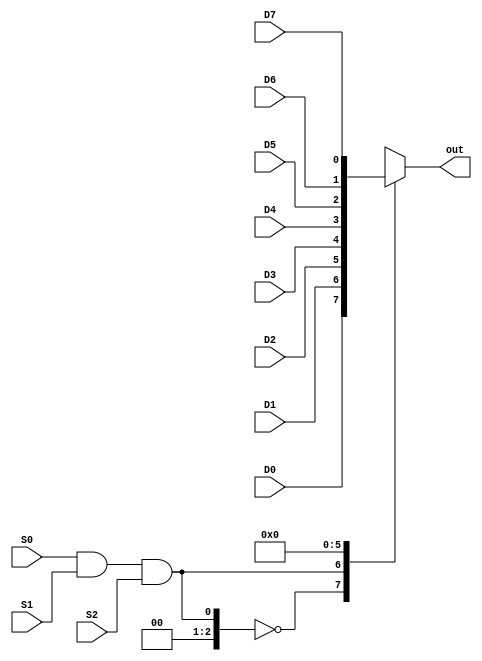

/////////////Behavioural Level model////////////////////////////


module mux_81(out,D0,D1,D2,D3,D4,D5,D6,D7,S0,S1,S2);
output reg out ;
input wire D0,D1,D2,D3,D4,D5,D6,D7,S0,S1,S2;
always@(*)
begin
case(S0&S1&S2)
3'b000: out = D0;
3'b001: out = D1;
3'b010: out = D2;
3'b011: out = D3;
3'b100: out = D4;
3'b101: out = D5;
3'b110: out = D6;
3'b111: out = D7;
default: out=1'b0 ;
endcase
end
endmodule